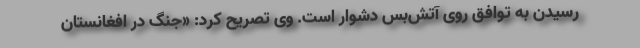
رسیدن به توافق روی آتش‌بس دشوار است. وی تصریح کرد: «جنگ در افغانستان